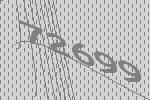
72699